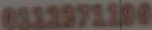
0112971100